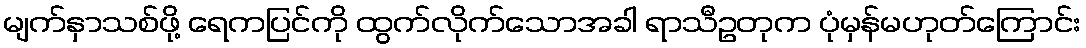
မျက်နှာသစ်ဖို့ ရေကပြင်ကို ထွက်လိုက်သောအခါ ရာသီဥတုက ပုံမှန်မဟုတ်ကြောင်း